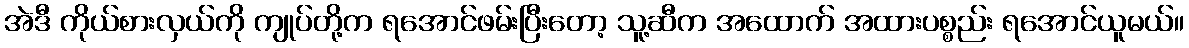
အဲဒီ ကိုယ်စားလှယ်ကို ကျုပ်တို့က ရအောင်ဖမ်းပြီးတော့ သူ့ဆီက အထောက် အထားပစ္စည်း ရအောင်ယူမယ်။